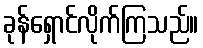
ခုန်ရှောင်လိုက်ကြသည်။